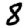
Digit: 8